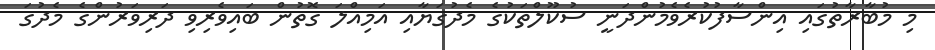
މި މުބާރާތުގައި އިންސާފުކުރެވެމުންދަނީ ސުކޫލްތަކުގެ މެދުގަޔާއި އަމިއްލަ ގޮތުން ބައިވެރިވި ދަރިވަރުންގެ މެދުގަ